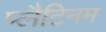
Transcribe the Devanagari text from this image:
प्‍लैटिनम